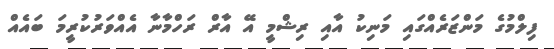
ފިލްމުގެ މަންޒަރެއްގައި މަނިކު އާއި ރިޝްމީ އޭ އާރް ރަހްމާނާ އެއްވަރުކުރީމަ ބައެއް